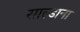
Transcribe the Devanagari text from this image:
साल्डाना